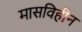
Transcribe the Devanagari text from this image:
मासविहीन